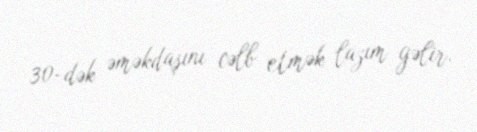
30-dək əməkdaşını cəlb etmək lazım gəlir.